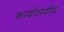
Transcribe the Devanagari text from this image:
कार्यालयीय